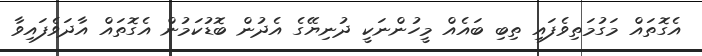
އެގޮތައް މަގުމަތިވެފައި ތިބި ބައެއް މީހުންނަކީ ދުނިޔޭގެ އެދުން ބޮޑުކަމުން އެގޮތައް އާދަވެފައިވާ